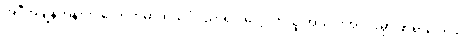
အဲဒီအချိန်တုန်းက လောကဓာတ်သိပ္ပံပညာရပ် လေ့လာသူ အသိုင်းအဝိုင်းမှာ ဖာရာဒေး ကို